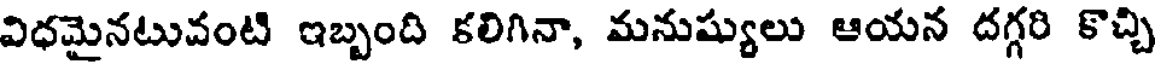
విధమైనటువంటి ఇబ్బంది కలిగినా, మనుష్యులు ఆయన దగ్గరి కొచ్చి